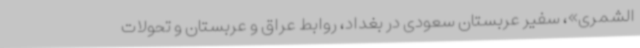
الشمری»، سفیر عربستان سعودی در بغداد، روابط عراق و عربستان و تحولات